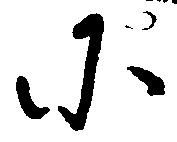
に